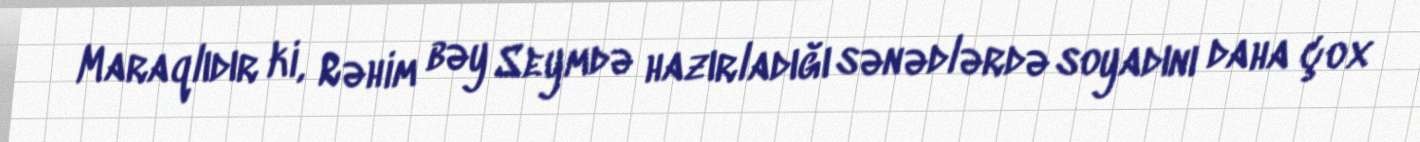
Maraqlıdır ki, Rəhim bəy Seymdə hazırladığı sənədlərdə soyadını daha çox